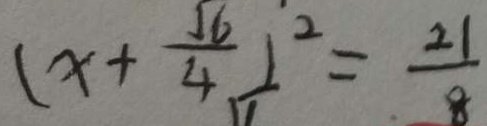
( x + \frac { \sqrt { 6 } } { 4 } ) ^ { 2 } = \frac { 2 1 } { 8 }